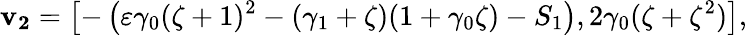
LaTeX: \mathbf{v_{2}}=\left[-\left(\varepsilon\gamma_{0}(\zeta+1)^{2}-(\gamma_{1}+\zeta)(1+\gamma_{0}\zeta)-S_{1}\right),2\gamma_{0}(\zeta+\zeta^{2})\right],